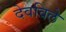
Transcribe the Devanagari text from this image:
देवविले